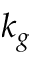
k _ { g }